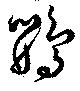
鸚